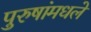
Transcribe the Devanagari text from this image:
पुरुषांमधले